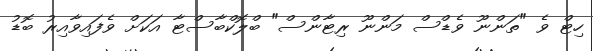
ހިޓް ވެ "ތަންނޫ ވެޑްސް މަންނޫ ރިޓާންސް" ބްލޮކްބާސްޓާ އަކަށް ވެފައިވާއިރު ބޮޑު